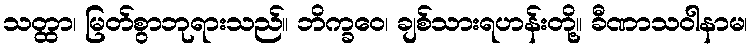
သတ္ထာ၊ မြတ်စွာဘုရားသည်။ ဘိက္ခဝေ၊ ချစ်သားရဟန်းတို့။ ခီဏာသဝါနာမ၊